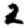
Digit: 2